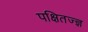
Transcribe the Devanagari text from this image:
पक्षितज्‍ज्ञ